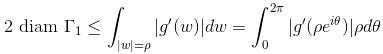
\[
2 \text{ diam } \Gamma_1 \leq \int_{|w|=\rho} \left| g'(w) \right| dw = \int_{0}^{2\pi} \left| g'(\rho e^{i\theta}) \right| \rho d\theta
\]